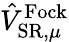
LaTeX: \hat{V}_{\mathrm{SR},\mu}^{\mathrm{Fock}}